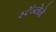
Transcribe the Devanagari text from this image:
स्टॅन्लेने